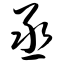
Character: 丞